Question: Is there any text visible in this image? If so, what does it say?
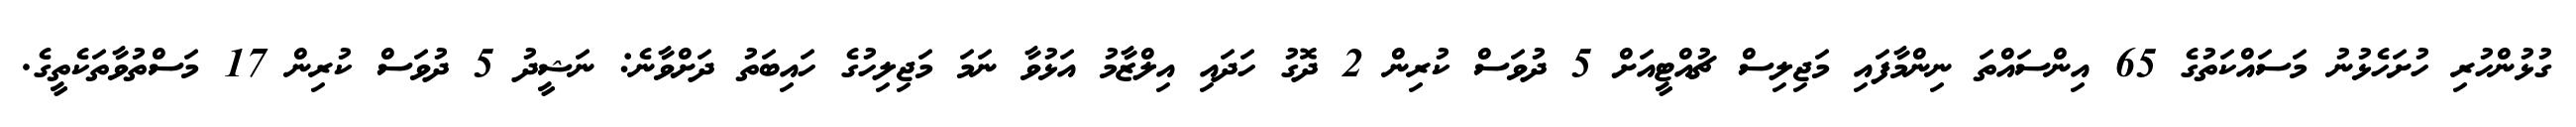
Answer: ގުޅުންހުރި ހުށަހެޅުނު މަސައްކަތުގެ 65 އިންސައްތަ ނިންމާފައި މަޖިލިސް ޗުއްޓީއަށް 5 ދުވަސް ކުރިން 2 ދޮގު ހަދައި އިލްޒާމު އަޅުވާ ނަމަ މަޖިލިހުގެ ހައިބަތު ދަށްވާނެ: ނަޝީދު 5 ދުވަސް ކުރިން 17 މަސްތުވާތަކެތީގެ.